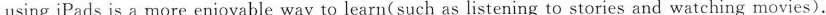
using iPads is a more enjoyable way to learn(such as listening to stories and watching movies).